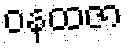
ဝနထဇာ